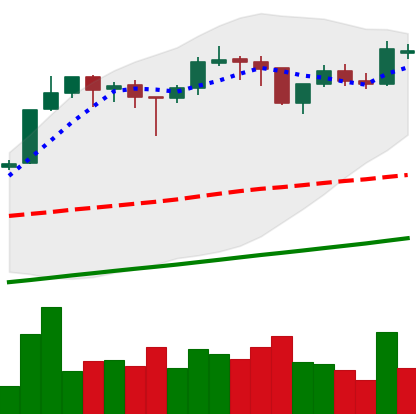
Ticker: BTC-USD
Chart end date: 2017-10-30
Forward return: 20.38%
Label: up_7plus